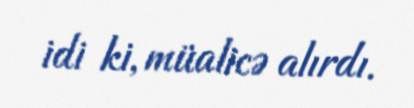
idi ki, müalicə alırdı.